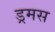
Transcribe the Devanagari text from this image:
ड्रमस